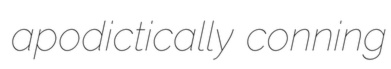
apodictically conning